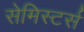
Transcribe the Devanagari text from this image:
सेमिस्टर्स